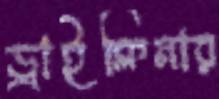
ড্রাইক্লিনার